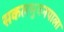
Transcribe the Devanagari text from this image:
सकलभुवनपाला